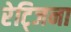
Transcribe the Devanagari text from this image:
रेट्जिना